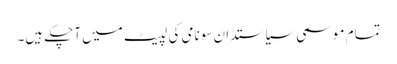
تمام موسمی سیاستدان سونامی کی لپیٹ میں آچکے ہیں۔